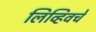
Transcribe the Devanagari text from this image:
लिव्हिवचे